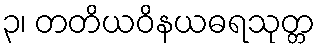
၃၊ တတိယဝိနယဓရသုတ္တ